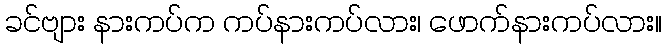
ခင်ဗျား နားကပ်က ကပ်နားကပ်လား၊ ဖောက်နားကပ်လား။